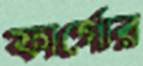
ফার্গোর